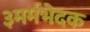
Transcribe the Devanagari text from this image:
३मर्मभेदक